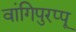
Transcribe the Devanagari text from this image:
वांगिपुरप्पू